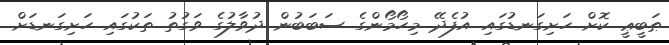
ޠަބީޢީ ކޮށް ހަށިގަނޑުގައި އުފެދޭ މިހޯމޯންގެ ސަބަބުން ދުވާލުގެ ވަގުތު ތަކުގައި ހަށިގަނޑަށް